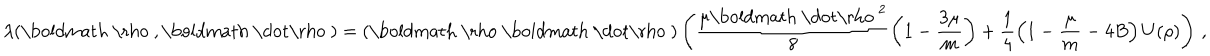
\lambda ( { \mathrm { \boldmath ~ \ r h o ~ } } , { \mathrm { \boldmath ~ \dot { \ r h o } ~ } } ) = ( { \mathrm { \boldmath ~ \ r h o ~ } } { \mathrm { \boldmath ~ \dot { \ r h o } ~ } } ) \left( \frac { \mu { \mathrm { \boldmath ~ \dot { \ r h o } ~ } } ^ { 2 } } { 8 } \left( 1 - \frac { 3 \mu } { m } \right) + \frac { 1 } { 4 } \left( 1 - \frac { \mu } { m } - 4 B \right) U ( \rho ) \right) \, ,